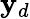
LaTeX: \mathbf{y}_{d}